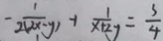
- \frac { 1 } { 2 ( 2 x - y ) } + \frac { 1 } { x + 2 y } = \frac { 3 } { 4 }